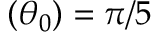
( \theta _ { 0 } ) = \pi / 5